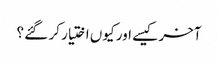
آخر کیسے اور کیوں اختیار کر گئے ؟